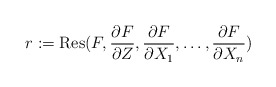
\begin{align*}r:=\mathrm{Res}(F, \frac{\partial F}{\partial Z}, \frac{\partial F}{\partial X_{1}}, \ldots, \frac{\partial F}{\partial X_{n}})\end{align*}